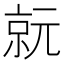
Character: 𠅮